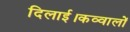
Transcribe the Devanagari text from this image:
दिलाई।कव्वालों